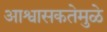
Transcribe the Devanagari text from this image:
आश्वासकतेमुळे